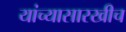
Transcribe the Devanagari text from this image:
यांच्यासारखीच